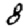
Digit: 8